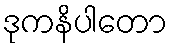
ဒုကနိပါတော